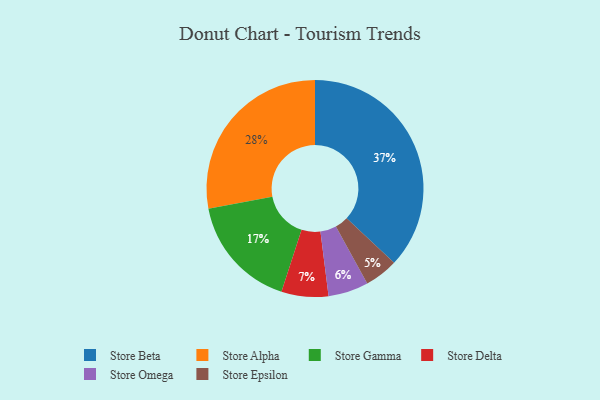
{"axis": {"x": "Category", "y": "Percentage"}, "legend": ["Store Alpha", "Store Beta", "Store Delta", "Store Epsilon", "Store Gamma", "Store Omega"], "data": [{"x": "Store Beta", "y": 37, "type": "Store Beta"}, {"x": "Store Omega", "y": 6, "type": "Store Omega"}, {"x": "Store Alpha", "y": 28, "type": "Store Alpha"}, {"x": "Store Epsilon", "y": 5, "type": "Store Epsilon"}, {"x": "Store Delta", "y": 7, "type": "Store Delta"}, {"x": "Store Gamma", "y": 17, "type": "Store Gamma"}]}